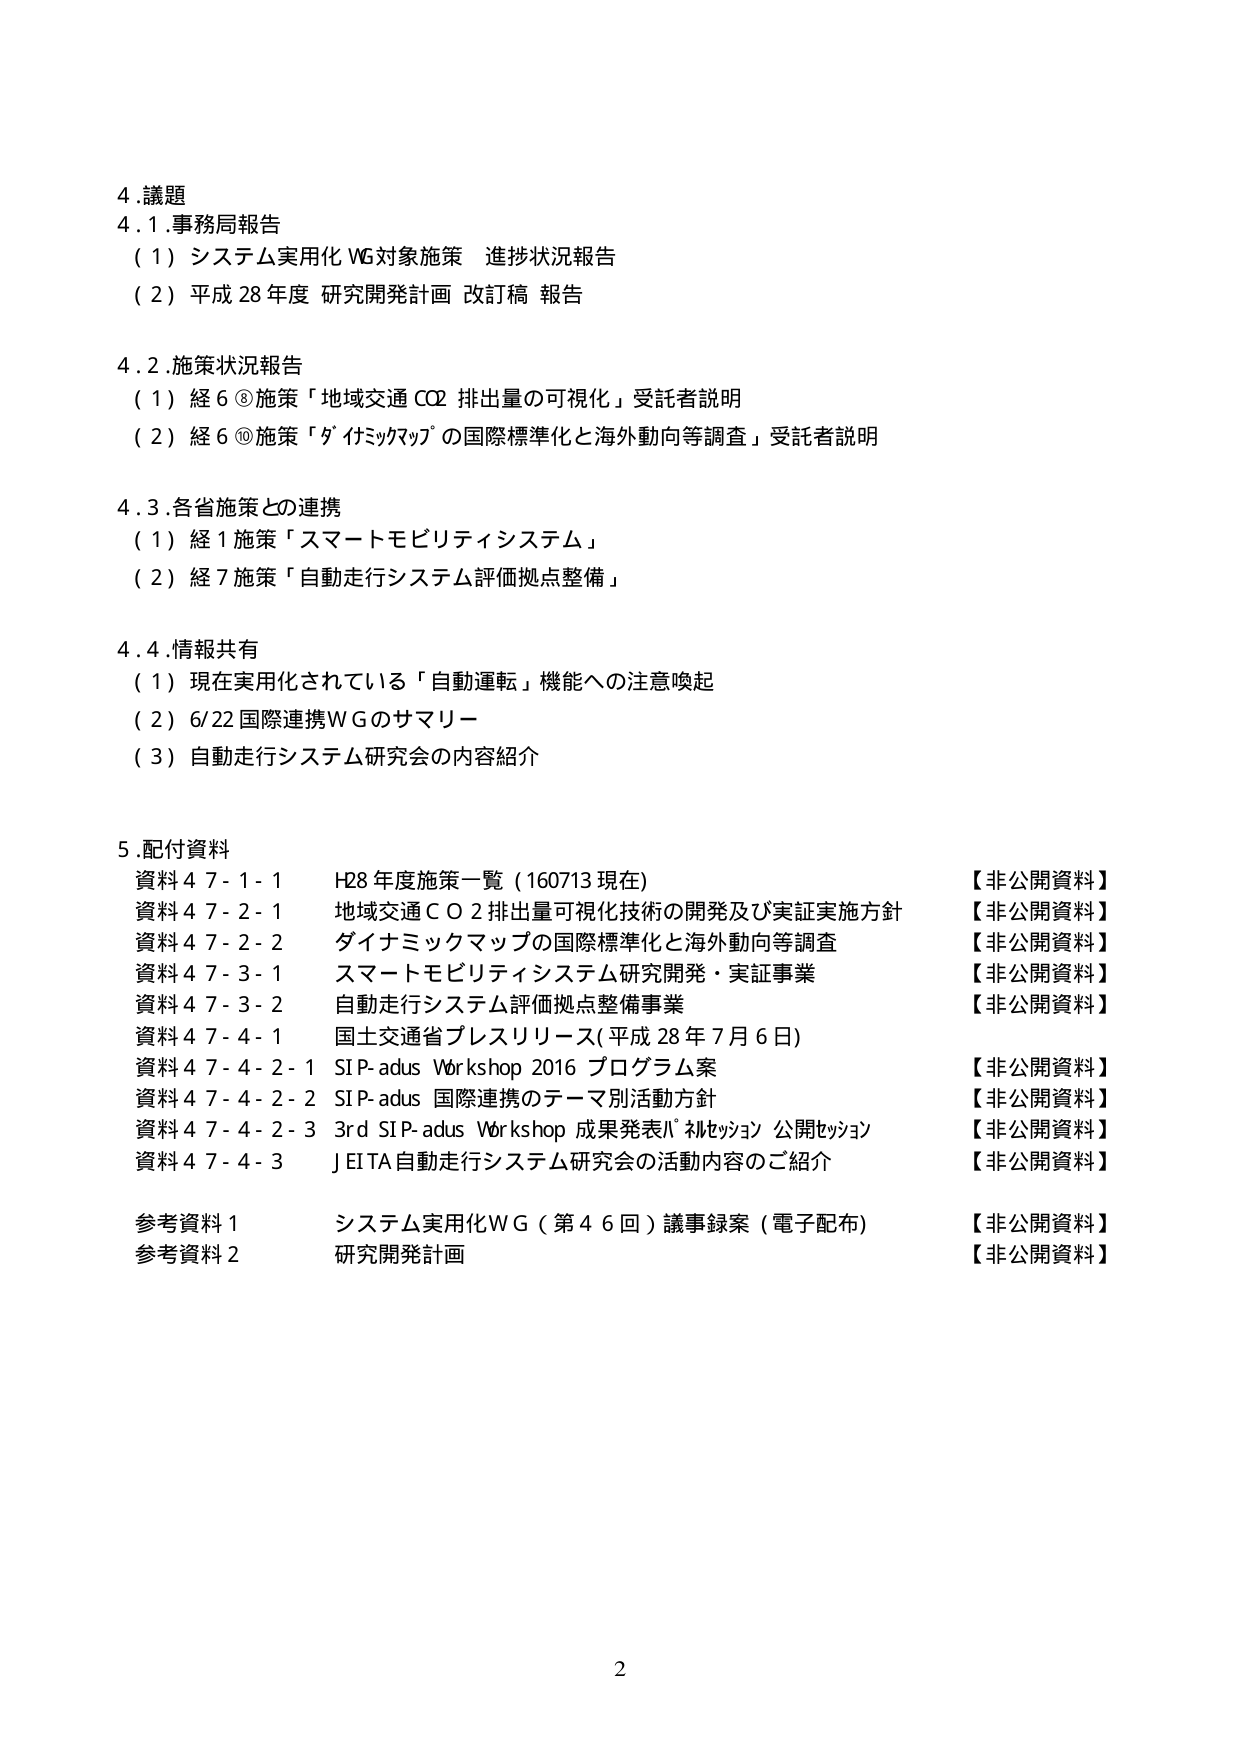
4. 議題
4.1. 事務局報告
（1）システム実用化WG対象施策 進捗状況報告
（2）平成28年度 研究開発計画 改訂稿 報告

4.2. 施策状況報告
（1）経6⑧施策「地域交通CO2排出量の可視化」受託者説明
（2）経6⑩施策「ダイナミックマップの国際標準化と海外動向等調査」受託者説明

4.3. 各省施策との連携
（1）経1施策「スマートモビリティシステム」
（2）経7施策「自動走行システム評価拠点整備」

4.4. 情報共有
（1）現在実用化されている「自動運転」機能への注意喚起
（2）6/22 国際連携WGのサマリー
（3）自動走行システム研究会の内容紹介

5. 配付資料
資料47-1-1 H28年度施策一覧（160713現在） 【非公開資料】
資料47-2-1 地域交通CO2排出量可視化技術の開発及び実証実施方針 【非公開資料】
資料47-2-2 ダイナミックマップの国際標準化と海外動向等調査 【非公開資料】
資料47-3-1 スマートモビリティシステム研究開発・実証事業 【非公開資料】
資料47-3-2 自動走行システム評価拠点整備事業 【非公開資料】
資料47-4-1 国土交通省プレスリリース（平成28年7月6日）
資料47-4-2-1 SIP-adus Workshop 2016 プログラム案 【非公開資料】
資料47-4-2-2 SIP-adus 国際連携のテーマ別活動方針 【非公開資料】
資料47-4-2-3 3rd SIP-adus Workshop 成果発表パネルセッション 公開セッション 【非公開資料】
資料47-4-3 JEITA自動走行システム研究会の活動内容のご紹介 【非公開資料】

参考資料1 システム実用化WG（第46回）議事録案（電子配布） 【非公開資料】
参考資料2 研究開発計画 【非公開資料】

2